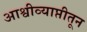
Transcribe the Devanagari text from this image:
आश्वीव्याप्तीतून